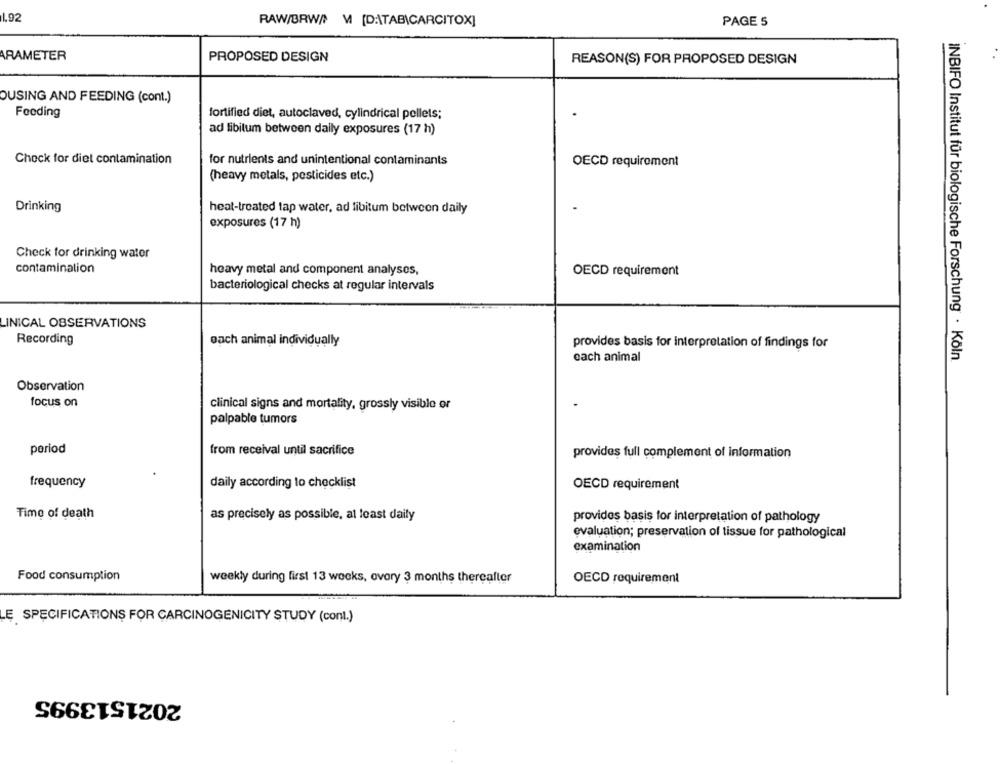
192
RAW/BRW/ M [DATAB\CARCITOX]
PAGE 5
ARAMETER
PROPOSED DESIGN
REASON(S) FOR PROPOSED DESIGN
OUSING AND FEEDING (cont.)
Fooding
fortified diet, autoclaved, cylindrical pellets;
ad libitum between daily exposures (17 h)
Check for diet contamination
for nutrients and unintentional contaminants
OECD requirement
(heavy metals, pesticides etc.)
Drinking
heat-treated tap water, ad libitum between daily
exposures (17 h)
Check for drinking water
contamination
heavy metal and component analysos,
OECD requirement
bacteriological checks at regular intervals
LINICAL OBSERVATIONS
Recording
each animal individually
provides basis for interpretation of findings for
each animal
INBIFO Institut für biologische Forschung · Köln
Observation
focus on
clinical signs and mortality, grossly visible or
palpable tumors
period
from receival until sacrifice
provides full complement of information
frequency
daily according to checklist
OECD requirement
Time of death
as precisely as possible, at least daily
provides basis for interpretation of pathology
evaluation; preservation of tissue for pathological
examination
Food consumption
weekly during first 13 weeks, ovory 3 months thereafter
OECD requirement
LE SPECIFICATIONS FOR CARCINOGENICITY STUDY (cont.)
2021513995